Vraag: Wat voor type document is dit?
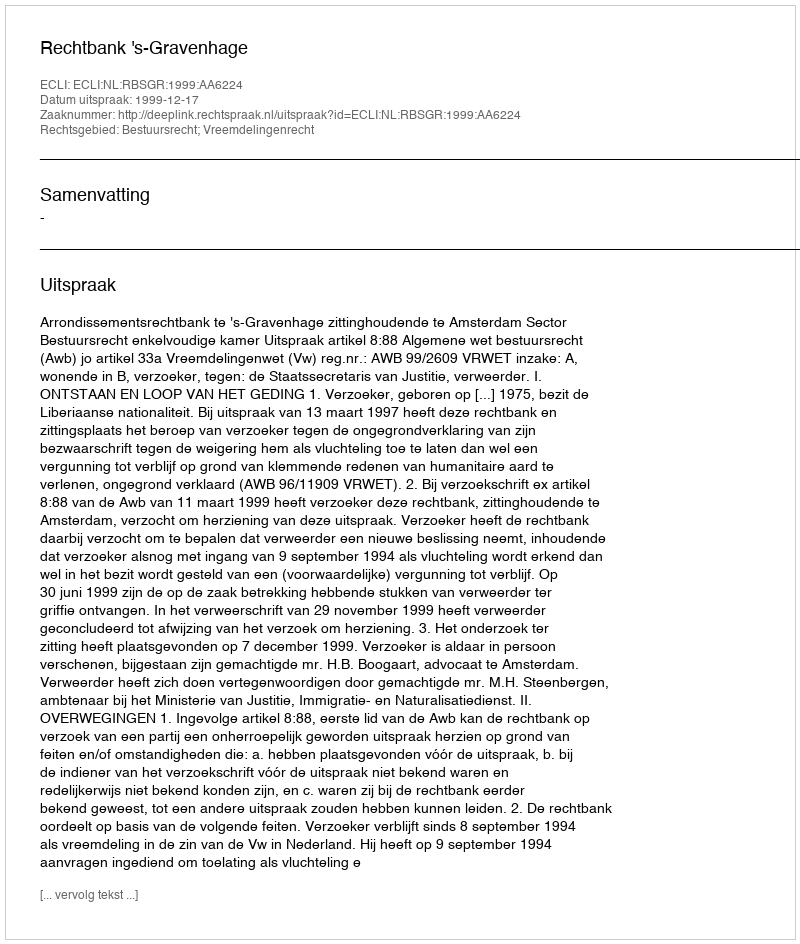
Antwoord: Uitspraak